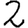
Digit: 2